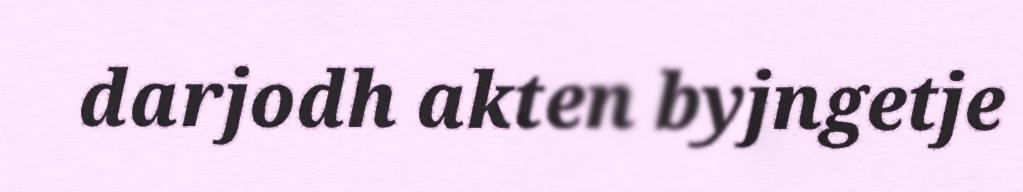
darjodh akten byjngetje